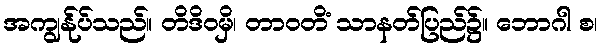
အကျွန်ုပ်သည်။ တိဒိဝမှိ၊ တာဝတိံ သာနတ်ပြည်၌။ ဘောဂါ စ၊